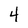
Character: 4